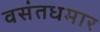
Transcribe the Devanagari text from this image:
वसंतधमार